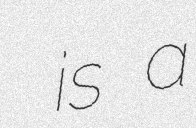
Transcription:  is a